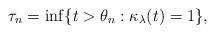
LaTeX: \begin{align*}\tau_n = \inf\{t > \theta_n : \kappa_\lambda(t) =1\},\end{align*}